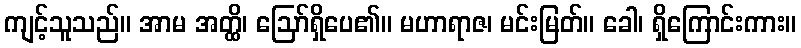
ကျင့်သူသည်။ အာမ အတ္ထိ၊ ဩော်ရှိပေ၏။ မဟာရာဇ၊ မင်းမြတ်။ ခေါ၊ ရှိကြောင်းကား။